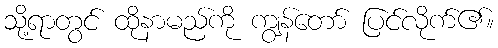
သို့ရာတွင် ထိုနာမည်ကို ကျွန်တော် ပြင်လိုက်၏။